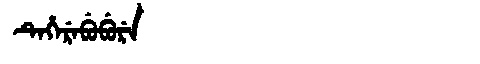
Manchu: ᡨᡝᡥᡝᡵᡝᠪᡠᠪᡠᡵᡝ
Romanization: TEHEREBUBURE